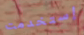
إستخدمت